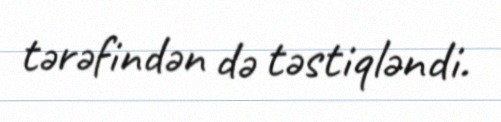
tərəfindən də təstiqləndi.